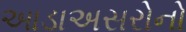
આડાઅસરોનો